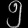
Digit: ၅